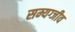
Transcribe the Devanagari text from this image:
सम्यग्जीव